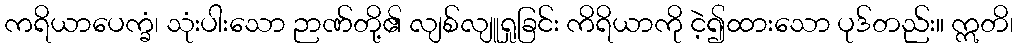
ကရိယာပေက္ခံ၊ သုံးပါးသော ဉာဏ်တို့၏ လျစ်လျူရှုခြင်း ကိရိယာကို ငဲ့၍ထားသော ပုဒ်တည်း။ ဣတိ၊